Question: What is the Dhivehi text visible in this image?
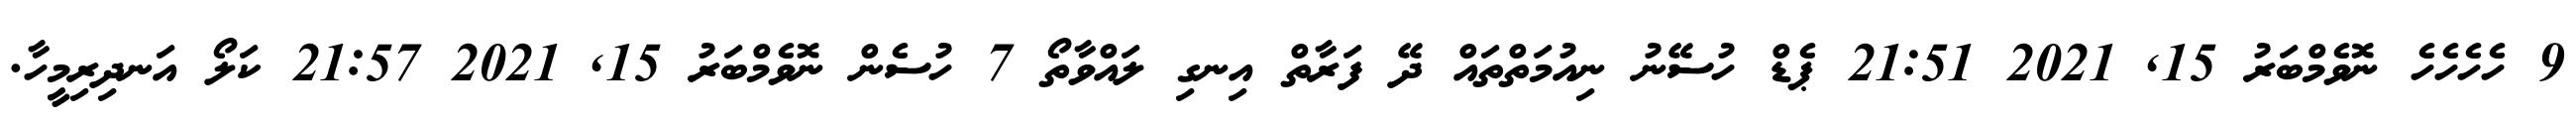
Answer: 9 ހެހެހެހެ ނޮވެމްބަރު 15, 2021 21:51 ޕެޑް ހުސޭނު ނިއުމަތްތައް ދޭ ފަރާތް އިނގި ލައްވާތޯ 7 ހުސެން ނޮވެމްބަރު 15, 2021 21:57 ކަލޯ އަނދިރިމީހާ.